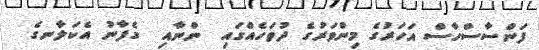
ފަންސާސްހާސް އަހަރުގެ މިންވަރުގެ ދުވަހެއްގައި  ންނާއި  ގެފާނު އެކަލާނގެ